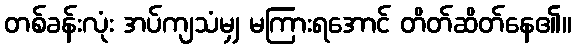
တစ်ခန်းလုံး အပ်ကျသံမျှ မကြားရအောင် တိတ်ဆိတ်နေ၏။